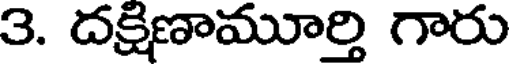
3. దక్షిణామూర్తి గారు